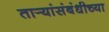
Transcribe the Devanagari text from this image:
तार्‍यांसंबंधीच्या